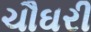
ચૌઘરી